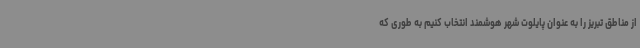
از مناطق تبریز را به عنوان پایلوت شهر هوشمند انتخاب کنیم به طوری که